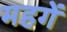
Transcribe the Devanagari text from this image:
महगें